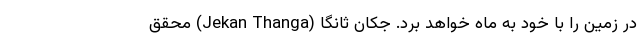
در زمین را با خود به ماه خواهد برد. جکان ثانگا (Jekan Thanga) محقق